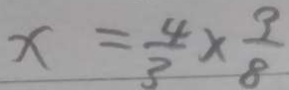
x = \frac { 4 } { 3 } \times \frac { 9 } { 8 }